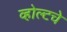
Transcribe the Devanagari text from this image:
व्होल्टचे